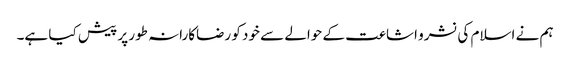
ہم نے اسلام کی نشرو اشاعت کے حوالے سے خود کو رضاکارانہ طور پر پیش کیا ہے۔